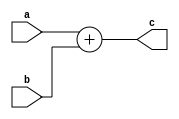
//`define ARCH_SPECIFIC_IMP 1
`define VCS
`define DWIDTH 16
`define AWIDTH 10
`define MEM_SIZE 1024
`define DESIGN_SIZE 8
`define MAT_MUL_SIZE 4
`define MASK_WIDTH 4
`define LOG2_MAT_MUL_SIZE 2
`define NUM_CYCLES_IN_MAC 3
`define MEM_ACCESS_LATENCY 1
`define REG_DATAWIDTH 32
`define REG_ADDRWIDTH 8
`define ADDR_STRIDE_WIDTH 16
`define REG_STDN_TPU_ADDR 32'h4
`define REG_MATRIX_A_ADDR 32'he
`define REG_MATRIX_B_ADDR 32'h12
`define REG_MATRIX_C_ADDR 32'h16
`define REG_VALID_MASK_A_ROWS_ADDR 32'h20
`define REG_VALID_MASK_A_COLS_ADDR 32'h54
`define REG_VALID_MASK_B_ROWS_ADDR 32'h5c
`define REG_VALID_MASK_B_COLS_ADDR 32'h58
`define REG_MATRIX_A_STRIDE_ADDR 32'h28
`define REG_MATRIX_B_STRIDE_ADDR 32'h32
`define REG_MATRIX_C_STRIDE_ADDR 32'h36
`define ADDRESS_BASE_A 10'd0
`define ADDRESS_BASE_B 10'd0
`define ADDRESS_BASE_C 10'd0

module qadd(a,b,c);
input [2*`DWIDTH-1:0] a;
input [2*`DWIDTH-1:0] b;
output [2*`DWIDTH-1:0] c;

assign c = a + b;
//DW01_add #(`DWIDTH) u_add(.A(a), .B(b), .CI(1'b0), .SUM(c), .CO());
endmodule